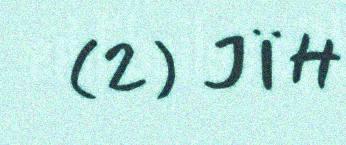
(2) JÏH